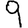
Digit: 9